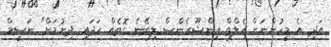
އަދި އެ މީހުންނަށް ހެލްތް އިންޝޫރެންސް ލިބޭނެ ގޮތެއް ހަދައި ދިނުމަށް" ނަސީމް